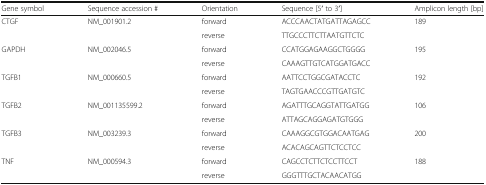
| Gene symbol | Sequence accession # | Orientation | Sequence [5′ to 3′] | Amplicon length [bp] |
 | --- | --- | --- | --- | --- |
 | <ROWSPAN=2> CTGF | <ROWSPAN=2> NM_001901.2 | forward | ACCCAACTATGATTAGAGCC | <ROWSPAN=2> 189 |
 | reverse | TTGCCCTTCTTAATGTTCTC |
 | <ROWSPAN=2> GAPDH | <ROWSPAN=2> NM_002046.5 | forward | CCATGGAGAAGGCTGGGG | <ROWSPAN=2> 195 |
 | reverse | CAAAGTTGTCATGGATGACC |
 | <ROWSPAN=2> TGFB1 | <ROWSPAN=2> NM_000660.5 | forward | AATTCCTGGCGATACCTC | <ROWSPAN=2> 192 |
 | reverse | TAGTGAACCCGTTGATGTC |
 | <ROWSPAN=2> TGFB2 | <ROWSPAN=2> NM_001135599.2 | forward | AGATTTGCAGGTATTGATGG | <ROWSPAN=2> 106 |
 | reverse | ATTAGCAGGAGATGTGGG |
 | <ROWSPAN=2> TGFB3 | <ROWSPAN=2> NM_003239.3 | forward | CAAAGGCGTGGACAATGAG | <ROWSPAN=2> 200 |
 | reverse | ACACAGCAGTTCTCCTCC |
 | <ROWSPAN=2> TNF | <ROWSPAN=2> NM_000594.3 | forward | CAGCCTCTTCTCCTTCCT | <ROWSPAN=2> 188 |
 | reverse | GGGTTTGCTACAACATGG |